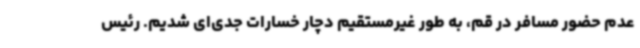
عدم حضور مسافر در قم، به طور غیرمستقیم دچار خسارات جدی‌ای شدیم. رئیس